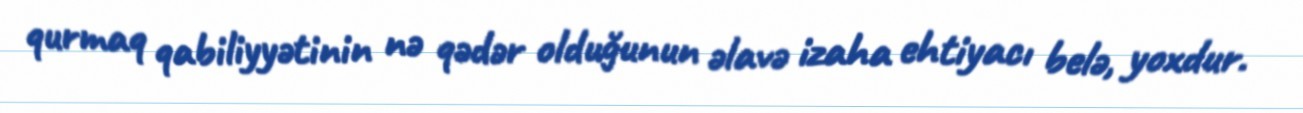
qurmaq qabiliyyətinin nə qədər olduğunun əlavə izaha ehtiyacı belə, yoxdur.